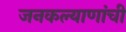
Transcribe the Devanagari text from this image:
जनकल्याणांची